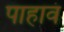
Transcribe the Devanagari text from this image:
पाहावं